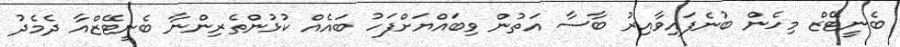
ބެނީޓޭޒް މިހެން ބުނެފައިވާއިރު ބާސާ އަތުން ވިބައްޔަށްފަހު ބައެއް ކުޅުންތެރިންނާ ބެނީޓޭޒްއާ ދެމެދު